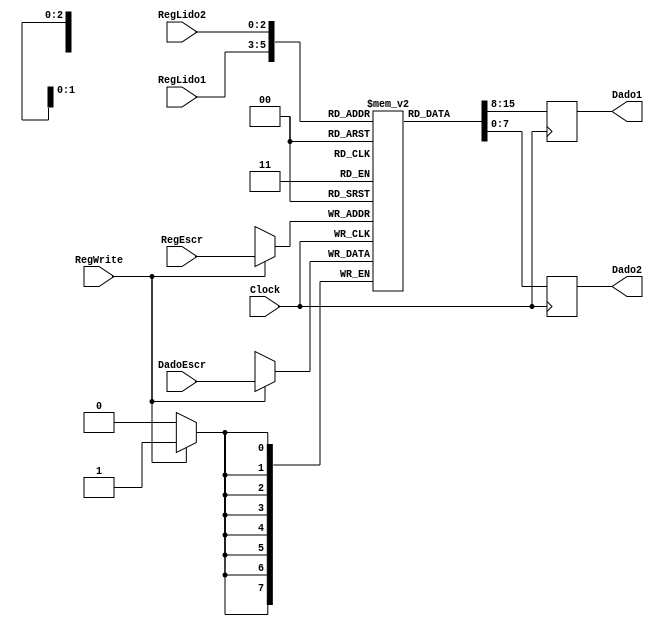
module BancoDeRegistradores (RegLido1, RegLido2, RegEscr, DadoEscr, Dado1, Dado2, RegWrite, Clock);

  input [2:0] RegLido1, RegLido2, RegEscr;
  input [7:0] DadoEscr;
  input RegWrite, Clock;
  output reg [7:0] Dado1, Dado2;
  
  reg [7:0] BR [7:0];
  
  always @(posedge Clock) begin
    if(RegWrite) 
      BR[RegEscr] = DadoEscr;
  end
  
  always @(negedge Clock) begin
    Dado1 = BR[RegLido1];
    Dado2 = BR[RegLido2];
  end

endmodule

module BancoDeRegistradores_simulacao;

  reg [2:0] RegLido1, RegLido2, RegEscr;
  reg [3:0] i, j;
  reg [7:0] DadoEscr;
  reg RegWrite, Clock;
  wire [7:0] Dado1, Dado2;

  initial begin
    Clock <= 0;
  end

  initial begin
    $monitor("Time=%0d RegLido1=%b RegLido2=%b RegEscr=%b DadoEscr=%b Dado1=%b Dado2=%b RegWrite=%b Clock=%b",
    $time, RegLido1, RegLido2, RegEscr, DadoEscr, Dado1, Dado2, RegWrite, Clock);
    
  end

  always begin
    #1 Clock <= 1;
    #1 Clock <= 0;
  end

  always begin

    for(i = 0; i < 8; i = i + 1) begin
      #2 RegEscr <= i;
         DadoEscr <= i+1;
         RegWrite <= 1;
    end

    for(j = 0; j < 8; j = j + 1) begin
      #2 RegLido1 <= j;
         RegLido2 <= j;
         RegWrite <= 0;
    end

  end

  BancoDeRegistradores BancoDeRegistradores1(RegLido1, RegLido2, RegEscr, DadoEscr, Dado1, Dado2, RegWrite, Clock);

endmodule